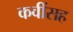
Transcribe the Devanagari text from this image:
कवींसह